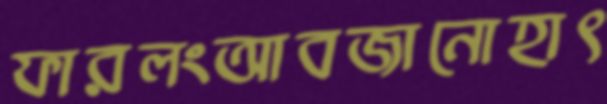
ফারলংআবজানোহাৎ